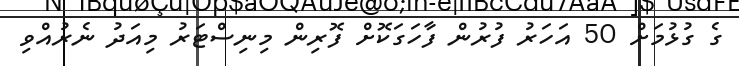
ގެ ގުޅުމަށް 50 އަހަރު ފުރުން ފާހަގަކޮށް ފޮރިން މިނިސްޓަރު މިއަދު ނެރުއްވި